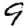
Digit: 9